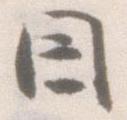
因